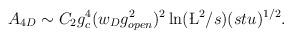
LaTeX: \begin{align*}A_{4D} \sim C_{2} g^{4}_{c} (w_{D}g_{open}^{2})^{2} \ln (\L^{2}/s)(stu)^{1/2}.\end{align*}